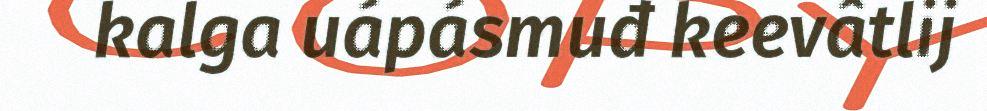
kalga uápásmuđ keevâtlij